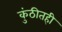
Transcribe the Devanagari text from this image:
कुंठीतही